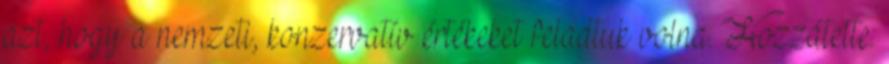
azt, hogy a nemzeti, konzervatív értékeket feladtuk volna. Hozzátette: